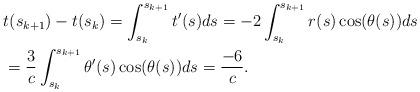
LaTeX: \begin{align*}&t(s_{k+1})-t(s_k)=\int_{s_k}^{s_{k+1}} t'(s) ds = -2 \int_{s_k}^{s_{k+1}} r(s)\cos(\theta(s)) ds\\&=\frac{3}{c} \int_{s_k}^{s_{k+1}} \theta'(s) \cos(\theta(s)) ds =\frac{-6}{c}.\end{align*}